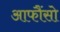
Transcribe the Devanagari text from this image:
आफौंसो